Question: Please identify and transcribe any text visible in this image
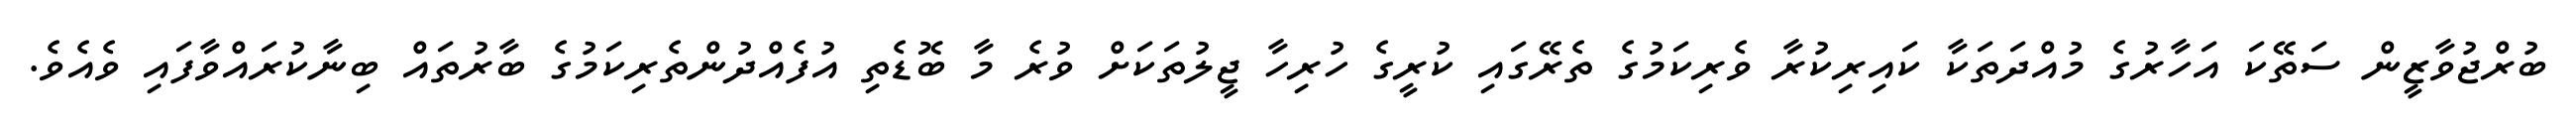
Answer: ބުރްޖުވާޒީން ސަތޭކަ އަހާރުގެ މުއްދަތަކާ ކައިރިކުރާ ވެރިކަމުގެ ތެރޭގައި ކުރީގެ ހުރިހާ ޖީލުތަކަށް ވުރެ މާ ބޮޑެތި އުފެއްދުންތެރިކަމުގެ ބާރުތައް ބިނާކުރައްވާފައި ވެއެވެ.